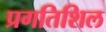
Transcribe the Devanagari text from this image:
प्रगतिशिल